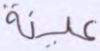
عينة